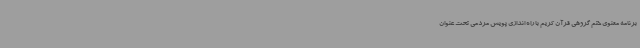
برنامه معنوی ختم گروهی قرآن کریم با راه اندازی پویش مردمی تحت عنوان